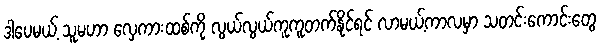
ဒါပေမယ့် သူမဟာ လှေကားထစ်ကို လွယ်လွယ်ကူကူတက်နိုင်ရင် လာမယ့်ကာလမှာ သတင်းကောင်းတွေ